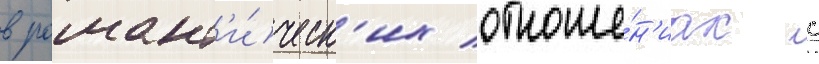
в романт'и́ческ'их отноше́н'иах с